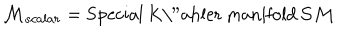
LaTeX: { \cal M } _ { s c a l a r } = \mathrm { S p e c i a l ~ K \ " a h l e r ~ m a n i f o l d } \, { \cal S M }